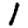
Digit: 1